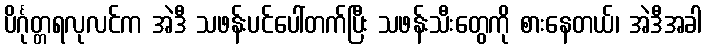
ပိင်္ဂုတ္တရလုလင်က အဲဒီ သဖန်းပင်ပေါ်တက်ပြီး သဖန်းသီးတွေကို စားနေတယ်၊ အဲဒီအခါ